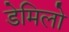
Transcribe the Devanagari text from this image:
डेमिलो